Medical and sanitary report of the native army of Bengal for the year
Year: 1877
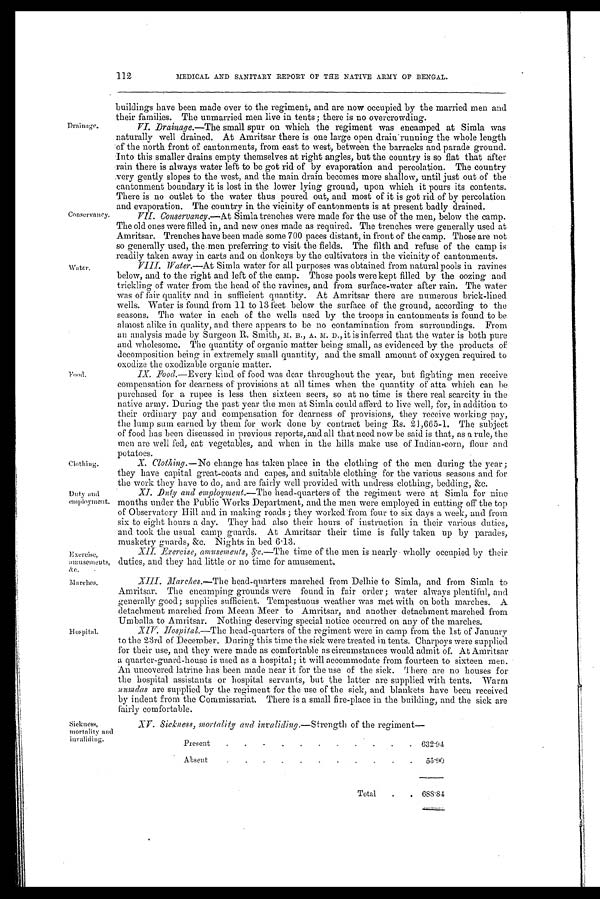
Drainage.
Conservancy.
Water.
Food.
Clothing.
Duty and
employment.
Exercise,
amusements,
Marches.
Hospital.
Sickness,
mortality and
invaliding.
112
MEDICAL AND SANITARY REPORT OF THE NATIVE ARMY OF BENGAL.
buildings have been made over to the regiment, and are now occupied by the married men and
their families. The unmarried men live in tents; there is no overcrowding.
VI. Drainage.— The small spur on which the regiment was encamped at Simla was
naturally well drained. At Amritsar there is one large open drain running the whole length
of the north front of cantonments, from east to west, between the barracks and parade ground.
Into this smaller drains empty themselves at right angles, but the country is so flat that after
rain there is always water left to be got rid of by evaporation and percolation. The country
very gently slopes to the west, and the main drain becomes more shallow, until just out of the
cantonment boundary it is lost in the lower lying ground, upon which it pours its contents.
There is no outlet to the water thus poured out, and most of it is got rid of by percolation
and evaporation. The country in the vicinity of cantonments is at present badly drained.
VII
. Conservancy.—At Simla trenches were made for the use of the men, below the camp.
The old ones were filled in, and new ones made as required. The trenches were generally used at
Amritsar. Trenches have been made some 700 paces distant, in front of the camp. Those are not
so generally used, the men preferring to visit the fields. The filth and refuse of the camp is
readily taken away in carts and on donkeys by the cultivators in the vicinity of cantonments.
VIII. Water.—At Simla water for all purposes was obtained from natural pools in ravines
below, and to the right and left of the camp. Those pools were kept filled by the oozing and
trickling of water from the head of the ravines, and from surface-water after rain. The water
was of fair quality and in sufficient quantity. At Amritsar there are numerous brick-lined
wells. Water is found from 11 to 13 feet below the surface of the ground, according to the
seasons. The water in each of the wells used by the troops in cantonments is found to be
almost alike in quality, and there appears to be no contamination from surroundings. From
an analysis made by Surgeon R. Smith, M. B., A. M. D., it is inferred that the water is both pure
and wholesome. The quantity of organic matter being small, as evidenced by the products of
decomposition being in extremely small quantity, and the small amount of oxygen required to
oxodize the oxodizable organic matter.
IX.
Food.— Every kind of food was dear throughout the year, but fighting men receive
compensation for dearness of provisions at all times when the quantity of atta which can be
purchased for a rupee is less then sixteen seers, so at no time is there real scarcity in the
native army. During the past year the men at Simla could afford to live well, for, in addition to
their ordinary pay and compensation for dearness of provisions, they receive working pay,
the lump sum earned by them for work done by contract being Rs. 21,665-1. The subject
of food has been discussed in previous reports, and all that need now be said is that, as a rule, the
men are well fed, eat vegetables, and when in the hills make use of Indian-corn, flour and
potatoes.
X.
Clothing .—N o
c h a n g e h a s t a k e n p l a c e i n t h e c l o t h i n g o f t h e m e n d u r i n g t h e y e a r ;
they have capital great-coats and capes, and suitable clothing for the various seasons and for
the work they have to do, and are fairly well provided with undress clothing, bedding, &c.
XI.
Duty and employment.— The head-quarters of the regiment were at Simla for nine
mouths under the Public Works Department, and the men were employed in cutting off the top
of Observatory Hill and in making roads ; they worked from four to six days a week, and from
six to eight hours a day. They had also their hours of instruction in their various duties,
and took the usual camp guards. At Amritsar their time is fully taken up by parades,
musketry guards, &c. Nights in bed 6.13.
XII. Exercise, amusements, &c.— The time of the men is nearly wholly occupied by their
duties, and they had little or no time for amusement.
XIII. Marches.—The head-quarters marched from Delhie to Simla, and from Simla to
Amritsar. The encamping grounds were found in fair order ; water always plentiful, and
generally good; supplies sufficient. Tempestuous weather was met with on both marches. A
detachment marched from Meean Meer to Amritsar, and another detachment marched from
Umballa to Amritsar. Nothing deserving special notice occurred on any of the marches.
XIV. Hospital.—The head-quarters of the regiment were in camp from the 1st of January
to the 23rd of December. During this time the sick were treated in tents. Charpoys were supplied
for their use, and they were made as comfortable as circumstances would admit of. At Amritsar
a quarter-guard-house is used as a hospital; it will accommodate from fourteen to sixteen men.
An uncovered latrine has been made near it for the use of the sick. There are no houses for
the hospital assistants or hospital servants, but the latter are supplied with tents. Warm
numdas are supplied by the regiment for the use of the sick, and blankets have been received
by indent from the Commissariat. There is a small fire-place in the building, and the sick are
fairly comfortable.
XV. Sickness, mortality and invaliding.— Strength of the regiment
—
Present
.
. .
.
.
.
.
.
632.94
Absent
. . .
.
.
55.90
Total
.
.
688.84